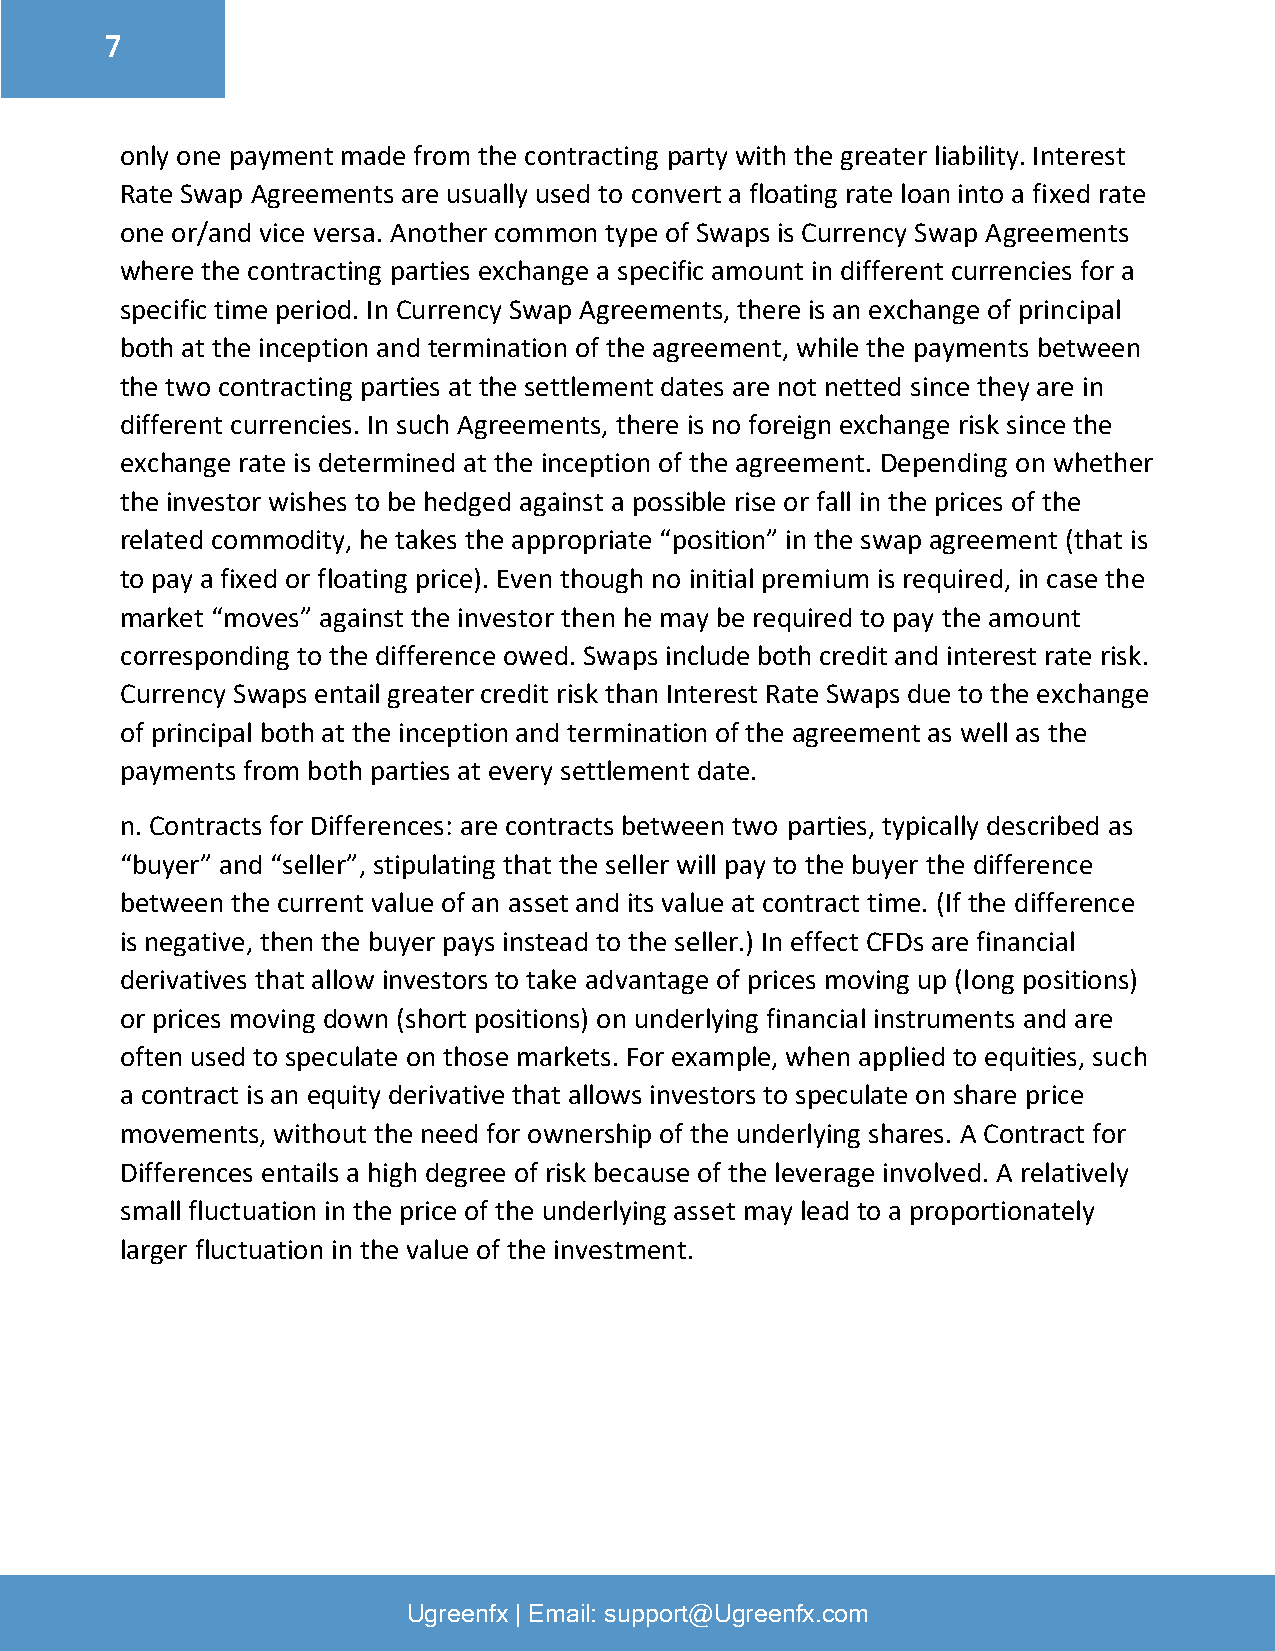
7
 –
 only one payment made from the contracting party with the greater liability. Interest
 Rate Swap Agreements are usually used to convert a floating rate loan into a fixed rate
 one or/and vice versa. Another common type of Swaps is Currency Swap Agreements
 where the contracting parties exchange a specific amount in different currencies for a
 specific time period. In Currency Swap Agreements, there is an exchange of principal
 both at the inception and termination of the agreement, while the payments between
 the two contracting parties at the settlement dates are not netted since they are in
 different currencies. In such Agreements, there is no foreign exchange risk since the
 exchange rate is determined at the inception of the agreement. Depending on whether
 the investor wishes to be hedged against a possible rise or fall in the prices of the
 related commodity, he takes the appropriate “position” in the swap agreement (that is
 to pay a fixed or floating price). Even though no initial premium is required, in case the
 market “moves” against the investor then he may be required to pay the amount
 corresponding to the difference owed. Swaps include both credit and interest rate risk.
 Currency Swaps entail greater credit risk than Interest Rate Swaps due to the exchange
 of principal both at the inception and termination of the agreement as well as the
 payments from both parties at every settlement date.
 n. Contracts for Differences: are contracts between two parties, typically described as
 “buyer” and “seller”, stipulating that the seller will pay to the buyer the difference
 between the current value of an asset and its value at contract time. (If the difference
 is negative, then the buyer pays instead to the seller.) In effect CFDs are financial
 derivatives that allow investors to take advantage of prices moving up (long positions)
 or prices moving down (short positions) on underlying financial instruments and are
 often used to speculate on those markets. For example, when applied to equities, such
 a contract is an equity derivative that allows investors to speculate on share price
 movements, without the need for ownership of the underlying shares. A Contract for
 Differences entails a high degree of risk because of the leverage involved. A relatively
 small fluctuation in the price of the underlying asset may lead to a proportionately
 larger fluctuation in the value of the investment.
 Ugreenfx | Email: support@Ugreenfx.com